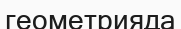
геометрияда